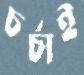
চর্চাই